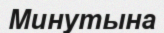
Минутына